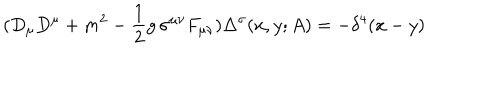
( D _ { \mu } D ^ { \mu } + m ^ { 2 } - { \frac { 1 } { 2 } } g \, \sigma ^ { \mu \nu } F _ { \mu \nu } ) \Delta ^ { \sigma } ( x , y ; A ) = - \delta ^ { 4 } ( x - y )